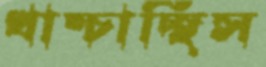
খাম্‌চাচ্ছিস